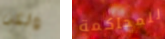
ولكن للمحاكمة